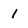
Character: 1